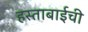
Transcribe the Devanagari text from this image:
हस्ताबाईची